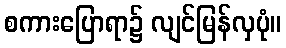
စကားပြောရာ၌ လျင်မြန်လှပုံ။